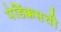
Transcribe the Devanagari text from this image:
पेर्डिक्कसची